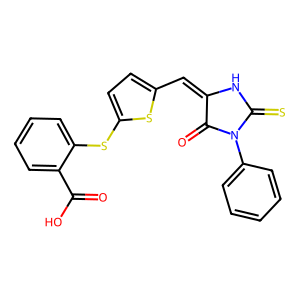
SMILES: O=C(O)c1ccccc1Sc1ccc(C=C2NC(=S)N(c3ccccc3)C2=O)s1
Inhibits HIV replication: No